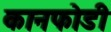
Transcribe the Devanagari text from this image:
कानफोडी